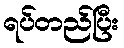
ရပ်တည်ပြီး